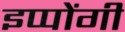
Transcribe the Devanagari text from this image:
इप्पोंगी